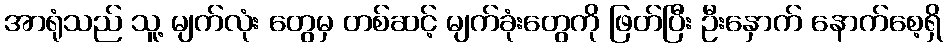
အာရုံသည် သူ့ မျက်လုံး တွေမှ တစ်ဆင့် မျက်ခုံးတွေကို ဖြတ်ပြီး ဦးနှောက် နောက်စေ့ရှိ